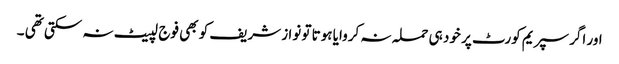
اور اگر سپریم کورٹ پر خود ہی حملہ نہ کروایا ہوتا تو نوا ز شریف کو بھی فوج لپیٹ نہ سکتی تھی ۔